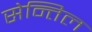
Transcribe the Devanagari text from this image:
सेन्तिल